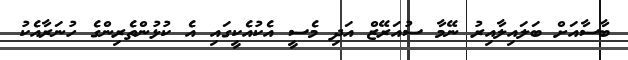
ބާސާއަށް ބަލައިލާއިރު ނޭމާ ސުއަރޭޒް އަދި މެސީ އެކުއެކީގައި އެ ކުޅުންތެރިންގެ ހުނަރާއެކު